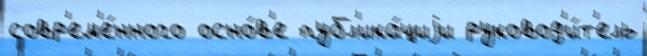
совр'ем'е́нного осно́в'е публ'ика́циjи руковод'и́т'ель